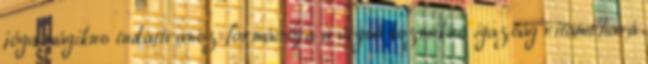
jóga mágikus tudattransz formációja a végső kozmikus igazság ritambhará